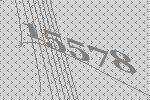
15578